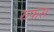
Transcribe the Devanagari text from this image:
रुफ़स